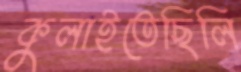
কুলাইতেছিলি